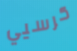
كرسيي